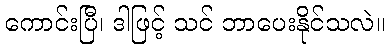
ကောင်းပြီ၊ ဒါဖြင့် သင် ဘာပေးနိုင်သလဲ။